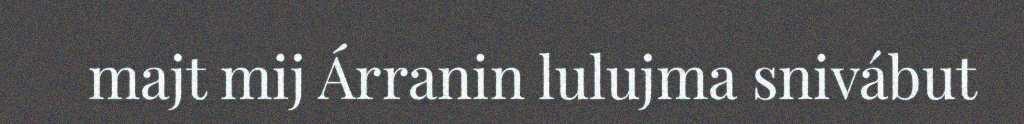
majt mij Árranin lulujma snivábut